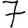
Digit: 7